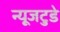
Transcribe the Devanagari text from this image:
न्यूजटुडे